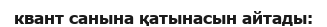
квант санына қатынасын айтады: